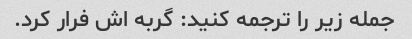
جمله زیر را ترجمه کنید: گربه اش فرار کرد.